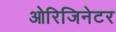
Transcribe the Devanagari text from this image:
ओरिजिनेटर